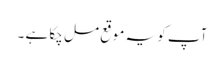
آپ کو یہ موقع مل چکا ہے ۔